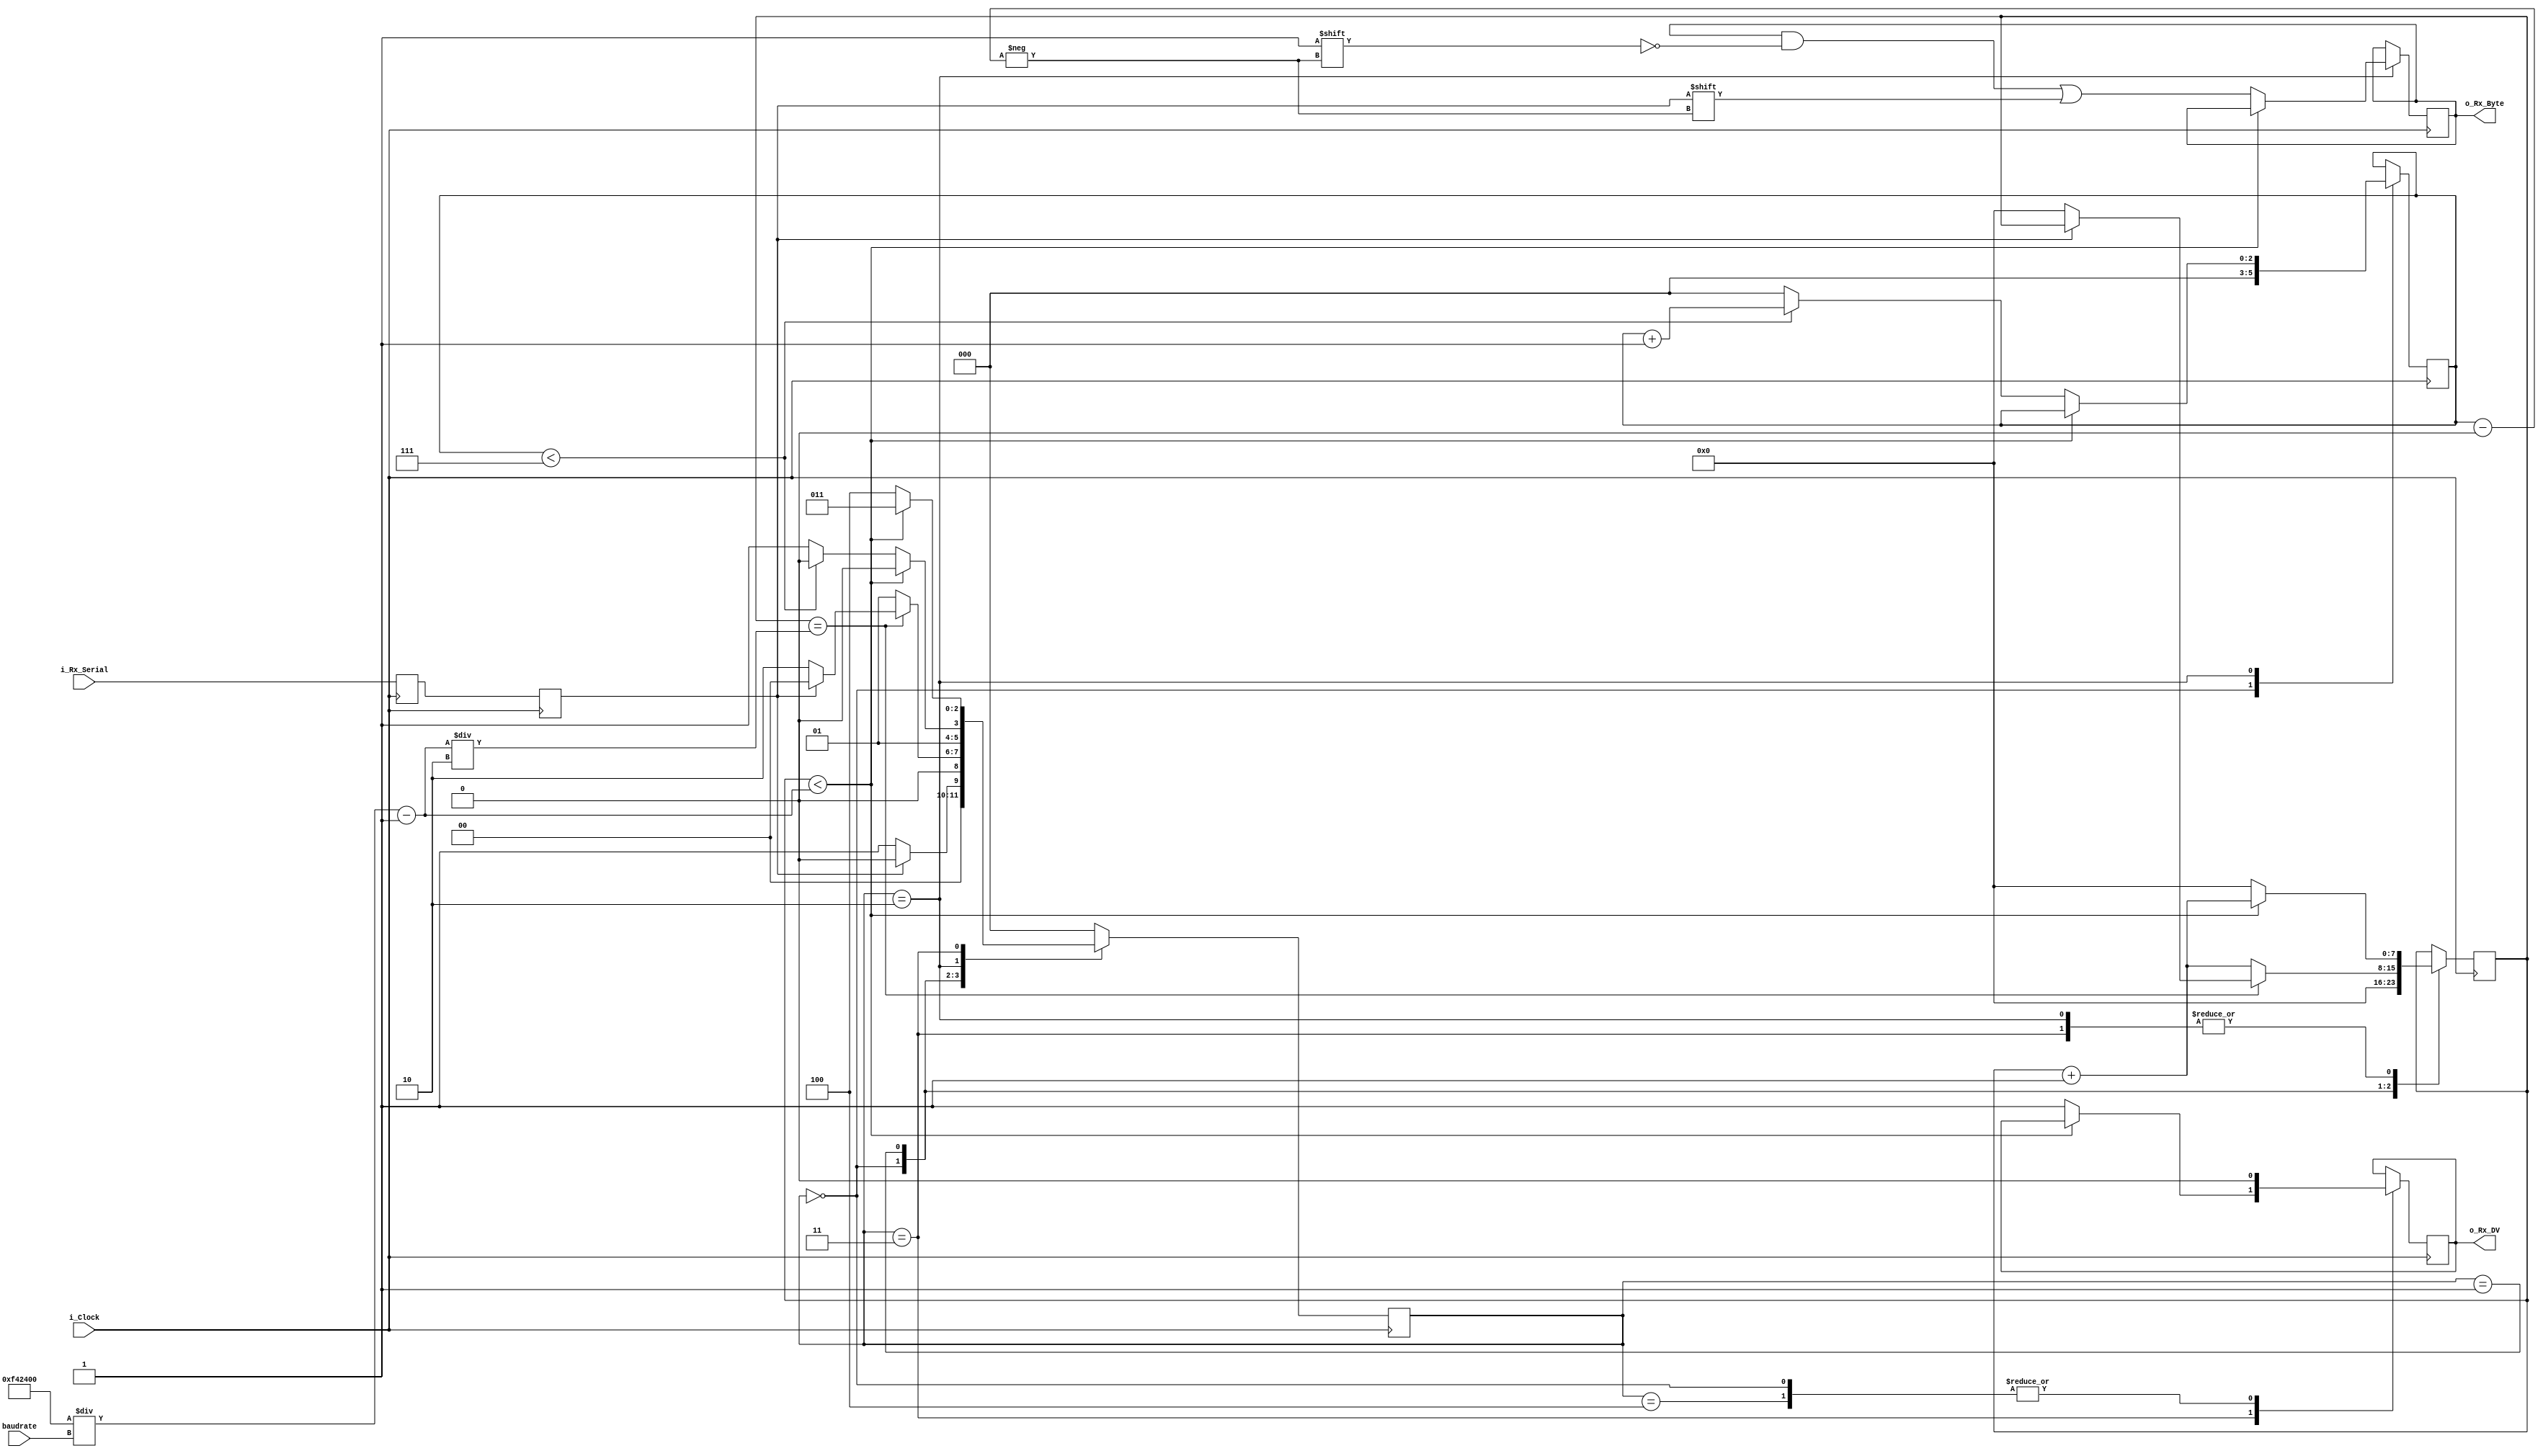
//////////////////////////////////////////////////////////////////////
// File Downloaded from http://www.nandland.com
//////////////////////////////////////////////////////////////////////
// This file contains the UART Receiver.  This receiver is able to
// receive 8 bits of serial data, one start bit, one stop bit,
// and no parity bit.  When receive is complete o_rx_dv will be
// driven high for one clock cycle.
//
// Set Parameter CLKS_PER_BIT as follows:
// CLKS_PER_BIT = (Frequency of i_Clock)/(Frequency of UART)
// Example: 10 MHz Clock, 115200 baud UART
// (10000000)/(115200) = 87

module uart_rx #(parameter CLK_FREQ_HZ = 16_000_000)
  (
   input        i_Clock,
   input [31:0] baudrate,
   input        i_Rx_Serial,
   output       o_Rx_DV,
   output [7:0] o_Rx_Byte
   );

  // localparam CLKS_PER_BIT   = CLK_FREQ_HZ/BAUDRATE; // 139 at 16MHz this is 115200 baudrate, 64 at 16MHz is 250000, 32 at 16MHz is 500_000, 16 at 16 MHz is 1_000_000
  localparam s_IDLE         = 3'b000;
  localparam s_RX_START_BIT = 3'b001;
  localparam s_RX_DATA_BITS = 3'b010;
  localparam s_RX_STOP_BIT  = 3'b011;
  localparam s_CLEANUP      = 3'b100;

  reg           r_Rx_Data_R = 1'b1;
  reg           r_Rx_Data   = 1'b1;

  reg [7:0]     r_Clock_Count = 0;
  reg [2:0]     r_Bit_Index   = 0; //8 bits total
  reg [7:0]     r_Rx_Byte     = 0;
  reg           r_Rx_DV       = 0;
  reg [2:0]     r_SM_Main     = 0;

  // Purpose: Double-register the incoming data.
  // This allows it to be used in the UART RX Clock Domain.
  // (It removes problems caused by metastability)
  always @(posedge i_Clock)
    begin
      r_Rx_Data_R <= i_Rx_Serial;
      r_Rx_Data   <= r_Rx_Data_R;
    end


  // Purpose: Control RX state machine
  always @(posedge i_Clock)
    begin

      case (r_SM_Main)
        s_IDLE :
          begin
            r_Rx_DV       <= 1'b0;
            r_Clock_Count <= 0;
            r_Bit_Index   <= 0;

            if (r_Rx_Data == 1'b0)          // Start bit detected
              r_SM_Main <= s_RX_START_BIT;
            else
              r_SM_Main <= s_IDLE;
          end

        // Check middle of start bit to make sure it's still low
        s_RX_START_BIT :
          begin
            if (r_Clock_Count == ((CLK_FREQ_HZ/baudrate)-1)/2)
              begin
                if (r_Rx_Data == 1'b0)
                  begin
                    r_Clock_Count <= 0;  // reset counter, found the middle
                    r_SM_Main     <= s_RX_DATA_BITS;
                  end
                else
                  r_SM_Main <= s_IDLE;
              end
            else
              begin
                r_Clock_Count <= r_Clock_Count + 1;
                r_SM_Main     <= s_RX_START_BIT;
              end
          end // case: s_RX_START_BIT


        // Wait CLKS_PER_BIT-1 clock cycles to sample serial data
        s_RX_DATA_BITS :
          begin
            if (r_Clock_Count < (CLK_FREQ_HZ/baudrate)-1)
              begin
                r_Clock_Count <= r_Clock_Count + 1;
                r_SM_Main     <= s_RX_DATA_BITS;
              end
            else
              begin
                r_Clock_Count          <= 0;
                r_Rx_Byte[r_Bit_Index] <= r_Rx_Data;

                // Check if we have received all bits
                if (r_Bit_Index < 7)
                  begin
                    r_Bit_Index <= r_Bit_Index + 1;
                    r_SM_Main   <= s_RX_DATA_BITS;
                  end
                else
                  begin
                    r_Bit_Index <= 0;
                    r_SM_Main   <= s_RX_STOP_BIT;
                  end
              end
          end // case: s_RX_DATA_BITS


        // Receive Stop bit.  Stop bit = 1
        s_RX_STOP_BIT :
          begin
            // Wait CLKS_PER_BIT-1 clock cycles for Stop bit to finish
            if (r_Clock_Count < (CLK_FREQ_HZ/baudrate)-1)
              begin
                r_Clock_Count <= r_Clock_Count + 1;
                r_SM_Main     <= s_RX_STOP_BIT;
              end
            else
              begin
                r_Rx_DV       <= 1'b1;
                r_Clock_Count <= 0;
                r_SM_Main     <= s_CLEANUP;
              end
          end // case: s_RX_STOP_BIT


        // Stay here 1 clock
        s_CLEANUP :
          begin
            r_SM_Main <= s_IDLE;
            r_Rx_DV   <= 1'b0;
          end


        default :
          r_SM_Main <= s_IDLE;

      endcase
    end

  assign o_Rx_DV   = r_Rx_DV;
  assign o_Rx_Byte = r_Rx_Byte;

endmodule // uart_rx